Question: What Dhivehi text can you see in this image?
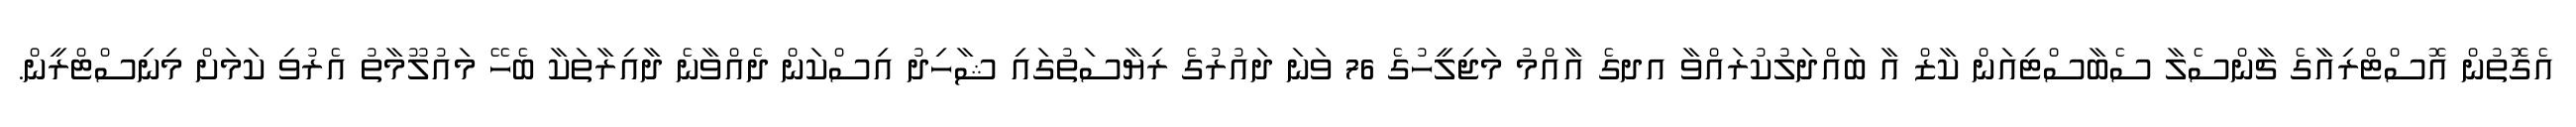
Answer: އެގޮތުން އޮސްޓްރިއާގެ ޗާންސެލާ ސެބާސްޓިއަން ކާޒް އާ ބައްދަލުކުރައްވާ އދގެ އާއްމު މަޖިލީހުގެ 76 ވަނަ ދައުރުގެ ރިޔާސަތުގައި ޝާހިދު އިސްކަން ދެއްވާނެ ދާއިރާތަކާ ބެހޭ މައުލޫމާތު އެރުވި ކަމަށް މިނިސްޓްރީން.